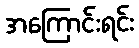
အကြောင်းရင်း